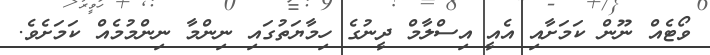
ވޯޓެއް ނޫން ކަމަށާއި އެއީ އިސްލާމް ދީނުގެ ހިމާޔަތުގައި ނިންމާ ނިންމުމެއް ކަމަށެވެ.